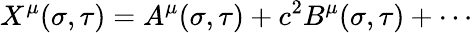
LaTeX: X^{\mu}({\sigma},{\tau})=A^{\mu}({\sigma},{\tau})+c^{2}B^{\mu}({\sigma},{\tau})+\cdots